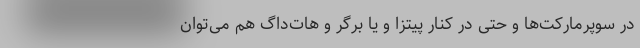
در سوپرمارکت‌ها و حتی در کنار پیتزا و یا برگر و هات‌داگ هم می‌توان